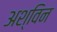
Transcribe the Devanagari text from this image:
अश्‍िवन